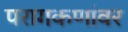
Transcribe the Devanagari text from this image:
परागकणांवर